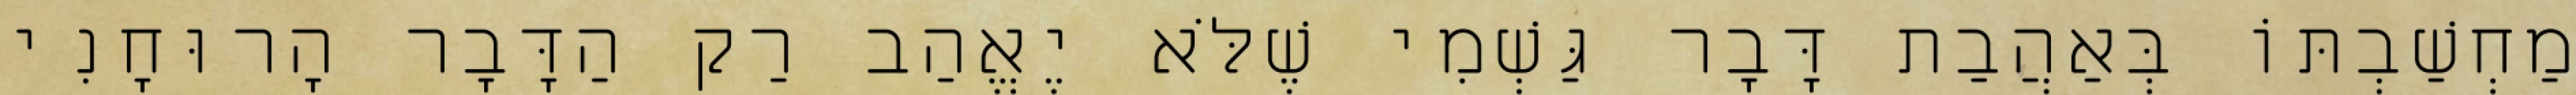
מַחְשַׁבְתּוֹ בְּאַהֲבַת דָּבָר גַּשְׁמִי שֶׁלֹּא יֶאֱהַב רַק הַדָּבָר הָרוּחָנִי